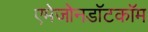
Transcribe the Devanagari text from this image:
एमेजोनडॉटकॉम